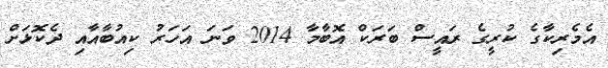
އެމެރިކާގެ ކުރީގެ ރައީސް ބަރަކް އޮބާމާ 2014 ވަނަ އަހަރު ކިއުބާއާއި ދެކޮޅަށް